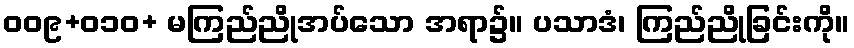
ဝဝ၉+၀၁ဝ+ မကြည်ညိုအပ်သော အရာ၌။ ပသာဒံ၊ ကြည်ညိုခြင်းကို။